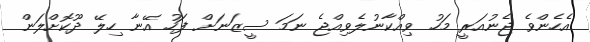
އެހެންވެ ޖެނުއަރީ މަހު ވިއްކާނުލެވިއްޖެ ނަމަ ސީޒަނަށް ފަހު އޭނާ ހިލޭ ދޫކޮށްލަން